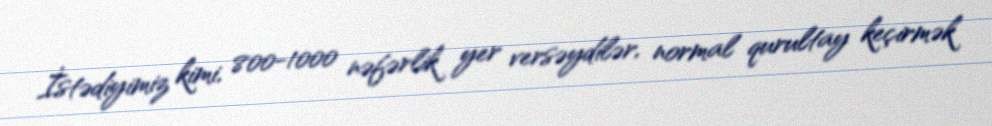
İstədiyimiz kimi, 800-1000 nəfərlik yer versəydilər, normal qurultay keçirmək